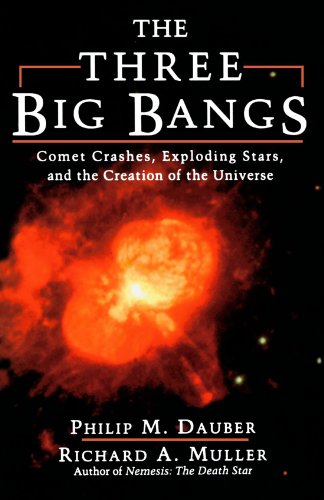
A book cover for The Three Big Bangs: Comet Crashes, Exploding Stars, And The Creation Of The Universe (Helix Books); Philip M. Dauber; Science & Math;